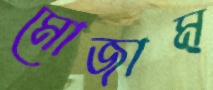
মোজাম্